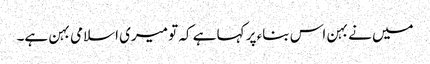
میں نے بہن اس بناء پر کہا ہے کہ تو میری اسلامی بہن ہے۔